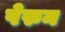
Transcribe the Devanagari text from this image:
पेरुन